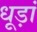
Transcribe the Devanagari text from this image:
धूड़ां